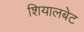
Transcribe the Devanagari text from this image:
शियालबेट